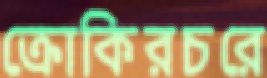
ক্রোকিরচরে